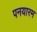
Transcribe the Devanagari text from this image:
पनयारम